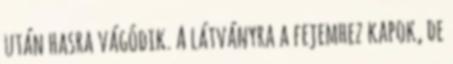
után hasra vágódik. A látványra a fejemhez kapok, de